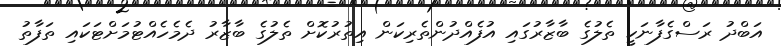
އަބްދު ރަސްގެފާނަކީ ތެލުގެ ބާޒާރުގައި އުފެއްދުންތެރިކަން އިތުރުކޮށް ތެލުގެ ބާޒާރު ދެމެހެއްޓުމަށްޓަކައި ތަފާތު